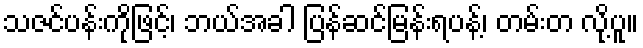
သဇင်ပန်းကိုဖြင့်၊ ဘယ်အခါ ပြန်ဆင်မြန်းရပန့်၊ တမ်းတ လို့ပူ။